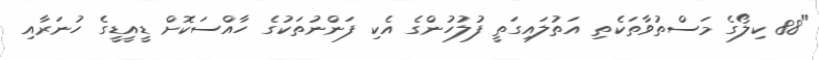
"88 ކިލޯގެ މަސްތުވާތަކެތި އަތުލައިގަތީ ފުލުހުންގެ އެކި ފަންނުތަކުގެ ހާއްސަކޮށް ޑީއީޑީގެ ހުނަރާއި